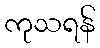
ကုသရန်